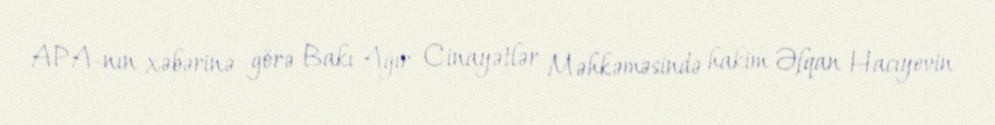
APA-nın xəbərinə görə Bakı Ağır Cinayətlər Məhkəməsində hakim Əfqan Hacıyevin